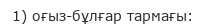
1) оғыз-бұлғар тармағы: